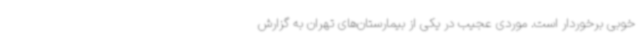
خوبی برخوردار است. موردی عجیب در یکی از بیمارستان‌های تهران به گزارش